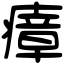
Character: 瘴